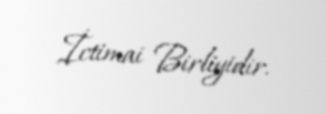
İctimai Birliyidir.